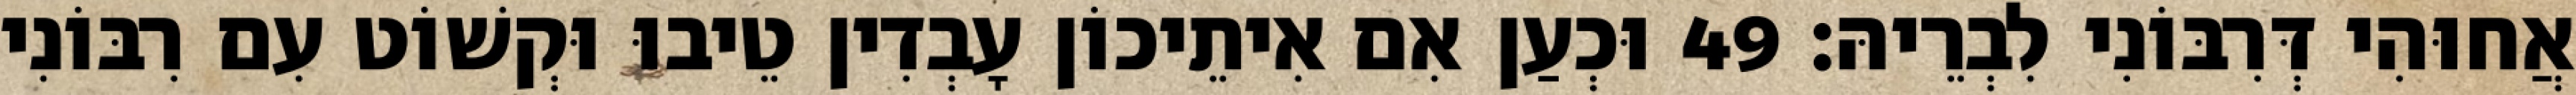
אֲחוּהִי דְּרִבּוֹנִי לִבְרֵיהּ׃ 49 וּכְעַן אִם אִיתֵיכוֹן עָבְדִין טֵיבוּ וּקְשׁוֹט עִם רִבּוֹנִי